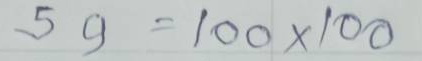
59 = 100 x 100